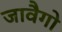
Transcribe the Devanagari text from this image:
जावैगो